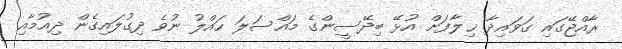
ރާއްޖޭގައި ގަވައިދާ ޚިލާފަށް އުޅޭ ބިދޭސީންގެ މައްސަލަ ހައްލު ނުވެ ދިގުލައިގެން ދިއުމާއި